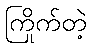
ကြိုက်တဲ့